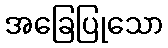
အခြေပြုသော